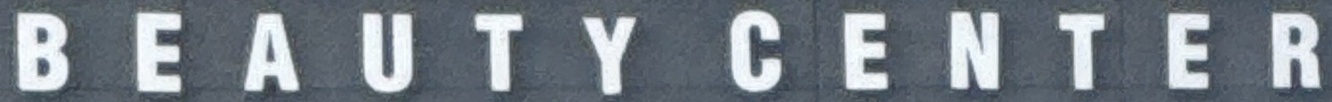
B E A U T Y C E N T E R